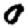
Digit: 0